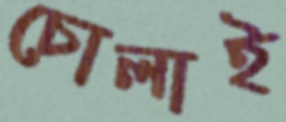
চোলাই